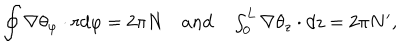
\oint \nabla \theta _ { \varphi } \cdot r d \varphi = 2 \pi N \quad \textstyle { a n d } \quad \int _ { 0 } ^ { L } \nabla \theta _ { z } \cdot d z = 2 \pi N ^ { \prime } ,